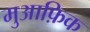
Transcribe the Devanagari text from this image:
मुआफ़िक